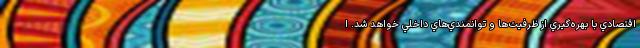
اقتصادي با بهره‌گيري از ظرفيت‌ها و توانمندي‌هاي داخلي خواهد شد. ا